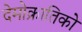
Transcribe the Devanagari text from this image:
देमोक्रातिको